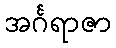
အင်္ဂရာဇာ